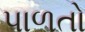
પાળતો